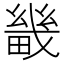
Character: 畿